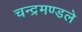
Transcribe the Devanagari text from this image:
चन्द्रमण्डले